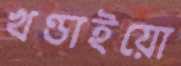
খণ্ডাইয়ো